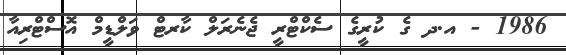
1986 - އ.ދ ގެ ކުރީގެ ސެކްޓްރީ ޖެނެރަލް ކާރޓް ވަލްޑީމް އޮސްޓްރިއާ